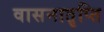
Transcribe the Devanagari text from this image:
वासनातृप्ति